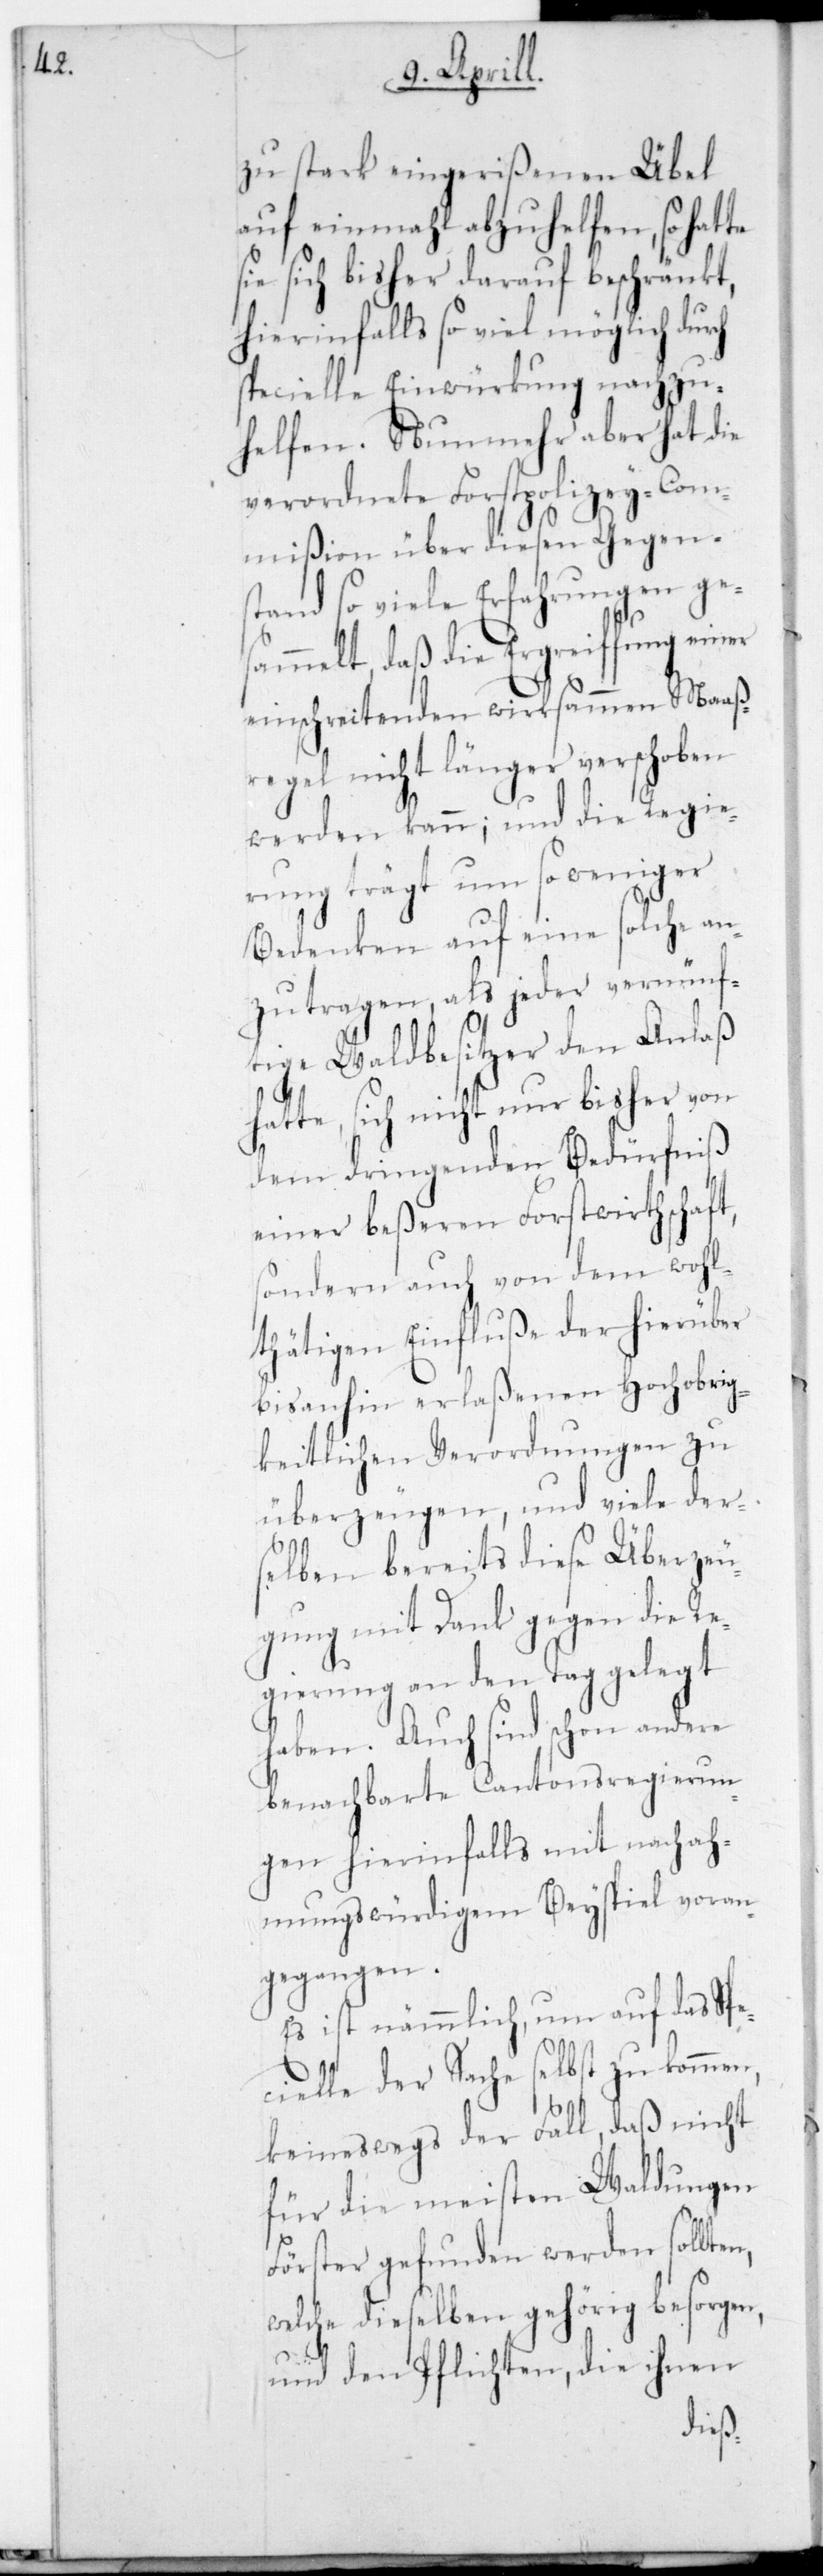
s¬

zu stark eingerißenen Übel
auf einmahl abzuhhelfen, so hatte
ie sich bisher darauf beschränkt,
hierinfalls so viel möglich durch
specielle Einwürkung nachzu¬
helfen. Nunmehr aber hat die
verordnete Forstpolizey-Com¬
mißion über diesen Gegen¬
stand so viele Erfahrungen ge¬
sammelt, das die Ergreifung einer
einschreitenden wirksamen Maaß¬
regel nicht länger verschoben
werden kann; und die Regie¬
rung trägt um so weniger
Bedenken auf eine solche an¬
zutragen, als jeder vernünf¬
tige Waldbesitzer den Anlaß
hatte, sich nicht nur bisher von
dem dringenden Bedürfniß
einer beßeren Forstwirthschaft,
sondern auch von dem wohl¬
thätigen Einfluße der hierüber
bis anhin erlaßenen Hochobrig¬
keitlichen Verordnungen zu
überzeugen, und viele der¬
selben bereits diese Überzeu¬
gung mit Dank gegen die Re¬
gierung an den Tag gelegt
haben. Auch sind schon andere
benachbarte Cantonsregierun¬
gen hierinfalls mit nachah¬
mungswürdigem Beyspiel voran¬
gegangen.
Es ist nämmlich, um auf das Spe¬
cielle der Sache selbst zu kommen,
keineswegs der Fall, daß nicht
für die meisten Waldungen
Förster gefunden werden sollten,
welche dieselben gehörig besorgen,
und den Pflichten, die ihnen